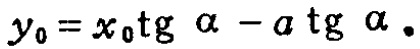
\(y_{0}=x_{0}\operatorname{tg} \alpha - a\operatorname{tg} \alpha.\)